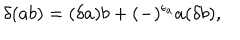
\delta ( a b ) = ( \delta a ) b + ( - ) ^ { \epsilon _ { a } } a ( \delta b ) ,